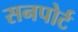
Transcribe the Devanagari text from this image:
सनपोर्ट